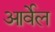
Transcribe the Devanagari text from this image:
आर्वेल